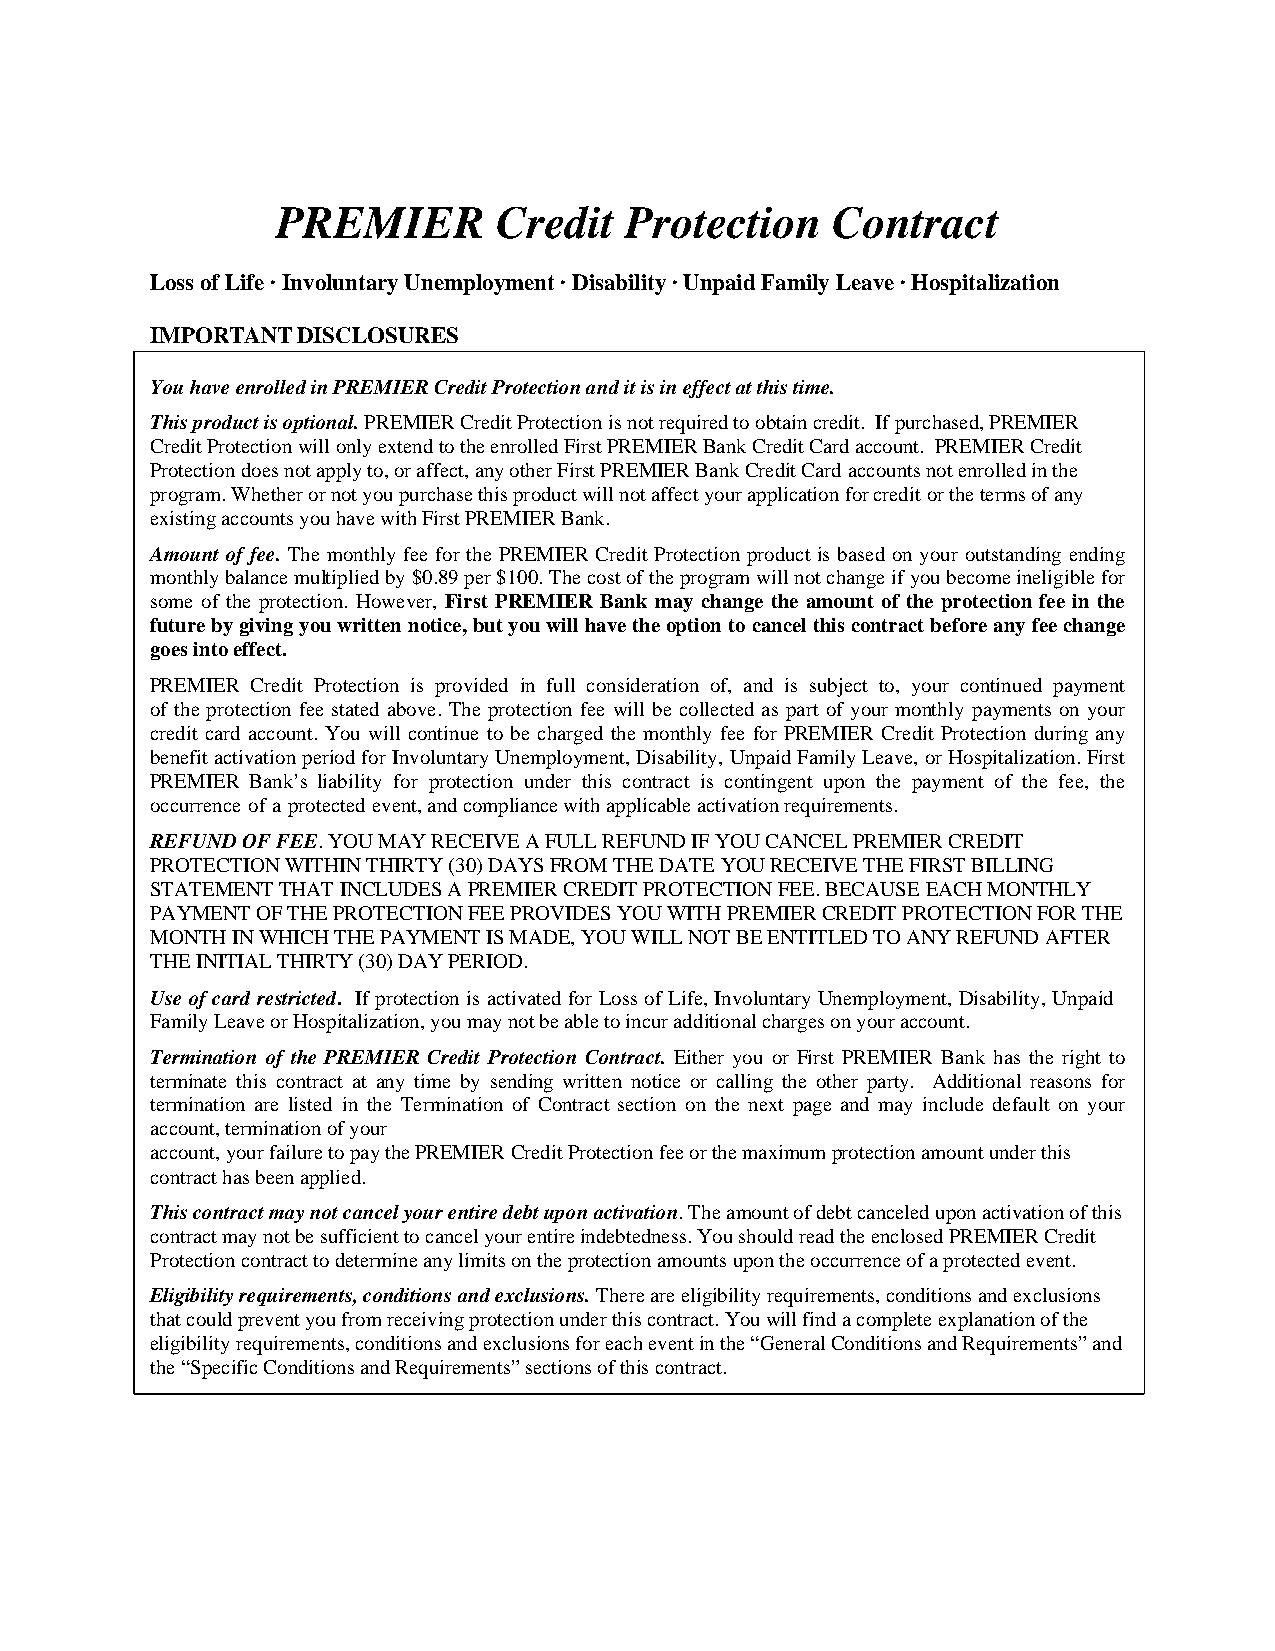
PREMIER        Credit  Protection    Contract
 Loss of Life · Involuntary Unemployment · Disability · Unpaid Family Leave · Hospitalization
 IMPORTANT DISCLOSURES
 You have enrolled in PREMIER Credit Protection and it is in effect at this time.
 This product is optional. PREMIER Credit Protection is not required to obtain credit. If purchased, PREMIER
 Credit Protection will only extend to the enrolled First PREMIER Bank Credit Card account. PREMIER Credit
 Protection does not apply to, or affect, any other First PREMIER Bank Credit Card accounts not enrolled in the
 program. Whether or not you purchase this product will not affect your application for credit or the terms of any
 existing accounts you have with First PREMIER Bank.
 Amount of fee. The monthly fee for the PREMIER Credit Protection product is based on your outstanding ending
 monthly balance multiplied by $0.89 per $100. The cost of the program will not change if you become ineligible for
 some of the protection. However, First PREMIER Bank may change the amount of the protection fee in the
 future by giving you written notice, but you will have the option to cancel this contract before any fee change
 goes into effect.
 PREMIER Credit Protection is provided in full consideration of, and is subject to, your continued payment
 of the protection fee stated above. The protection fee will be collected as part of your monthly payments on your
 credit card account. You will continue to be charged the monthly fee for PREMIER Credit Protection during any
 benefit activation period for Involuntary Unemployment, Disability, Unpaid Family Leave, or Hospitalization. First
 PREMIER Bank’s liability for protection under this contract is contingent upon the payment of the fee, the
 occurrence of a protected event, and compliance with applicable activation requirements.
 REFUND OF FEE. YOU MAY RECEIVE A FULL REFUND IF YOU CANCEL PREMIER CREDIT
 PROTECTION WITHIN THIRTY (30) DAYS FROM THE DATE YOU RECEIVE THE FIRST BILLING
 STATEMENT THAT INCLUDES A PREMIER CREDIT PROTECTION FEE. BECAUSE EACH MONTHLY
 PAYMENT OF THE PROTECTION FEE PROVIDES YOU WITH PREMIER CREDIT PROTECTION FOR THE
 MONTH IN WHICH THE PAYMENT IS MADE, YOU WILL NOT BE ENTITLED TO ANY REFUND AFTER
 THE INITIAL THIRTY (30) DAY PERIOD.
 Use of card restricted. If protection is activated for Loss of Life, Involuntary Unemployment, Disability, Unpaid
 Family Leave or Hospitalization, you may not be able to incur additional charges on your account.
 Termination of the PREMIER Credit Protection Contract. Either you or First PREMIER Bank has the right to
 terminate this contract at any time by sending written notice or calling the other party. Additional reasons for
 termination are listed in the Termination of Contract section on the next page and may include default on your
 account, termination of your
 account, your failure to pay the PREMIER Credit Protection fee or the maximum protection amount under this
 contract has been applied.
 This contract may not cancel your entire debt upon activation. The amount of debt canceled upon activation of this
 contract may not be sufficient to cancel your entire indebtedness. You should read the enclosed PREMIER Credit
 Protection contract to determine any limits on the protection amounts upon the occurrence of a protected event.
 Eligibility requirements, conditions and exclusions. There are eligibility requirements, conditions and exclusions
 that could prevent you from receiving protection under this contract. You will find a complete explanation of the
 eligibility requirements, conditions and exclusions for each event in the “General Conditions and Requirements” and
 the “Specific Conditions and Requirements” sections of this contract.